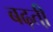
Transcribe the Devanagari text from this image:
बढ़ती़